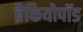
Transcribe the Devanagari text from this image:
ब्रैकियोपॉड